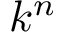
k ^ { n }